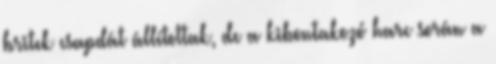
britek csapdát állítottak, de a kibontakozó harc során a